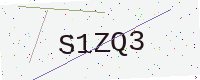
Text: S1ZQ3